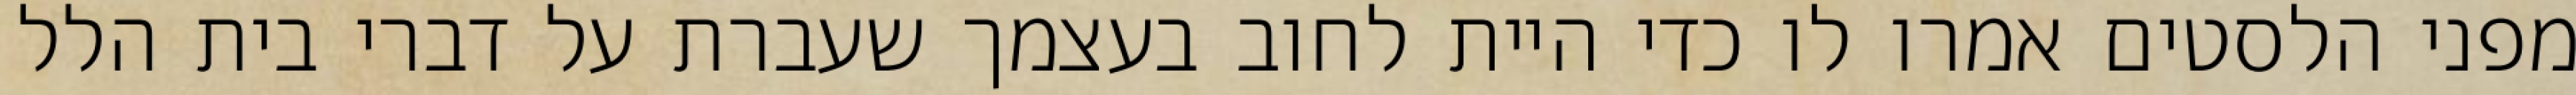
מפני הלסטים אמרו לו כדי היית לחוב בעצמך שעברת על דברי בית הלל